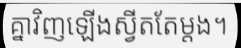
គ្នាវិញឡើងស្វីតតែម្តង។